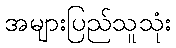
အများပြည်သူသုံး